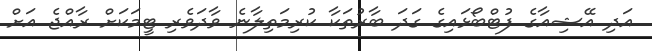
އަދި އޭޝިއާގެ ފުޓްބޯޅައިގެ ގަދަ ބާރުތަކާ ކުރިމަތިލާނެ ވާދަވެރި ޓީމަކަށް ރާއްޖެ އަށް